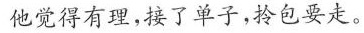
他觉得有理，接了单子，拎包要走。